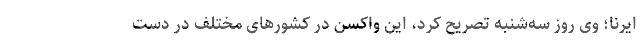
ایرنا؛ وی روز سه‌شنبه تصریح کرد، این واکسن در کشورهای مختلف در دست